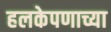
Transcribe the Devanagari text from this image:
हलकेपणाच्या